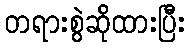
တရားစွဲဆိုထားပြီး